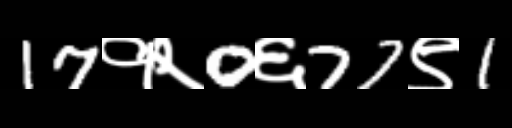
Text: 17१२0६77९1